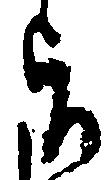
旨